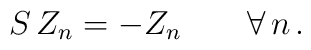
S \, Z_n = - Z_n \qquad \forall \, n \, .